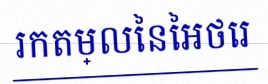
រកតម្លៃនៃអថេរ